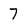
Character: 7